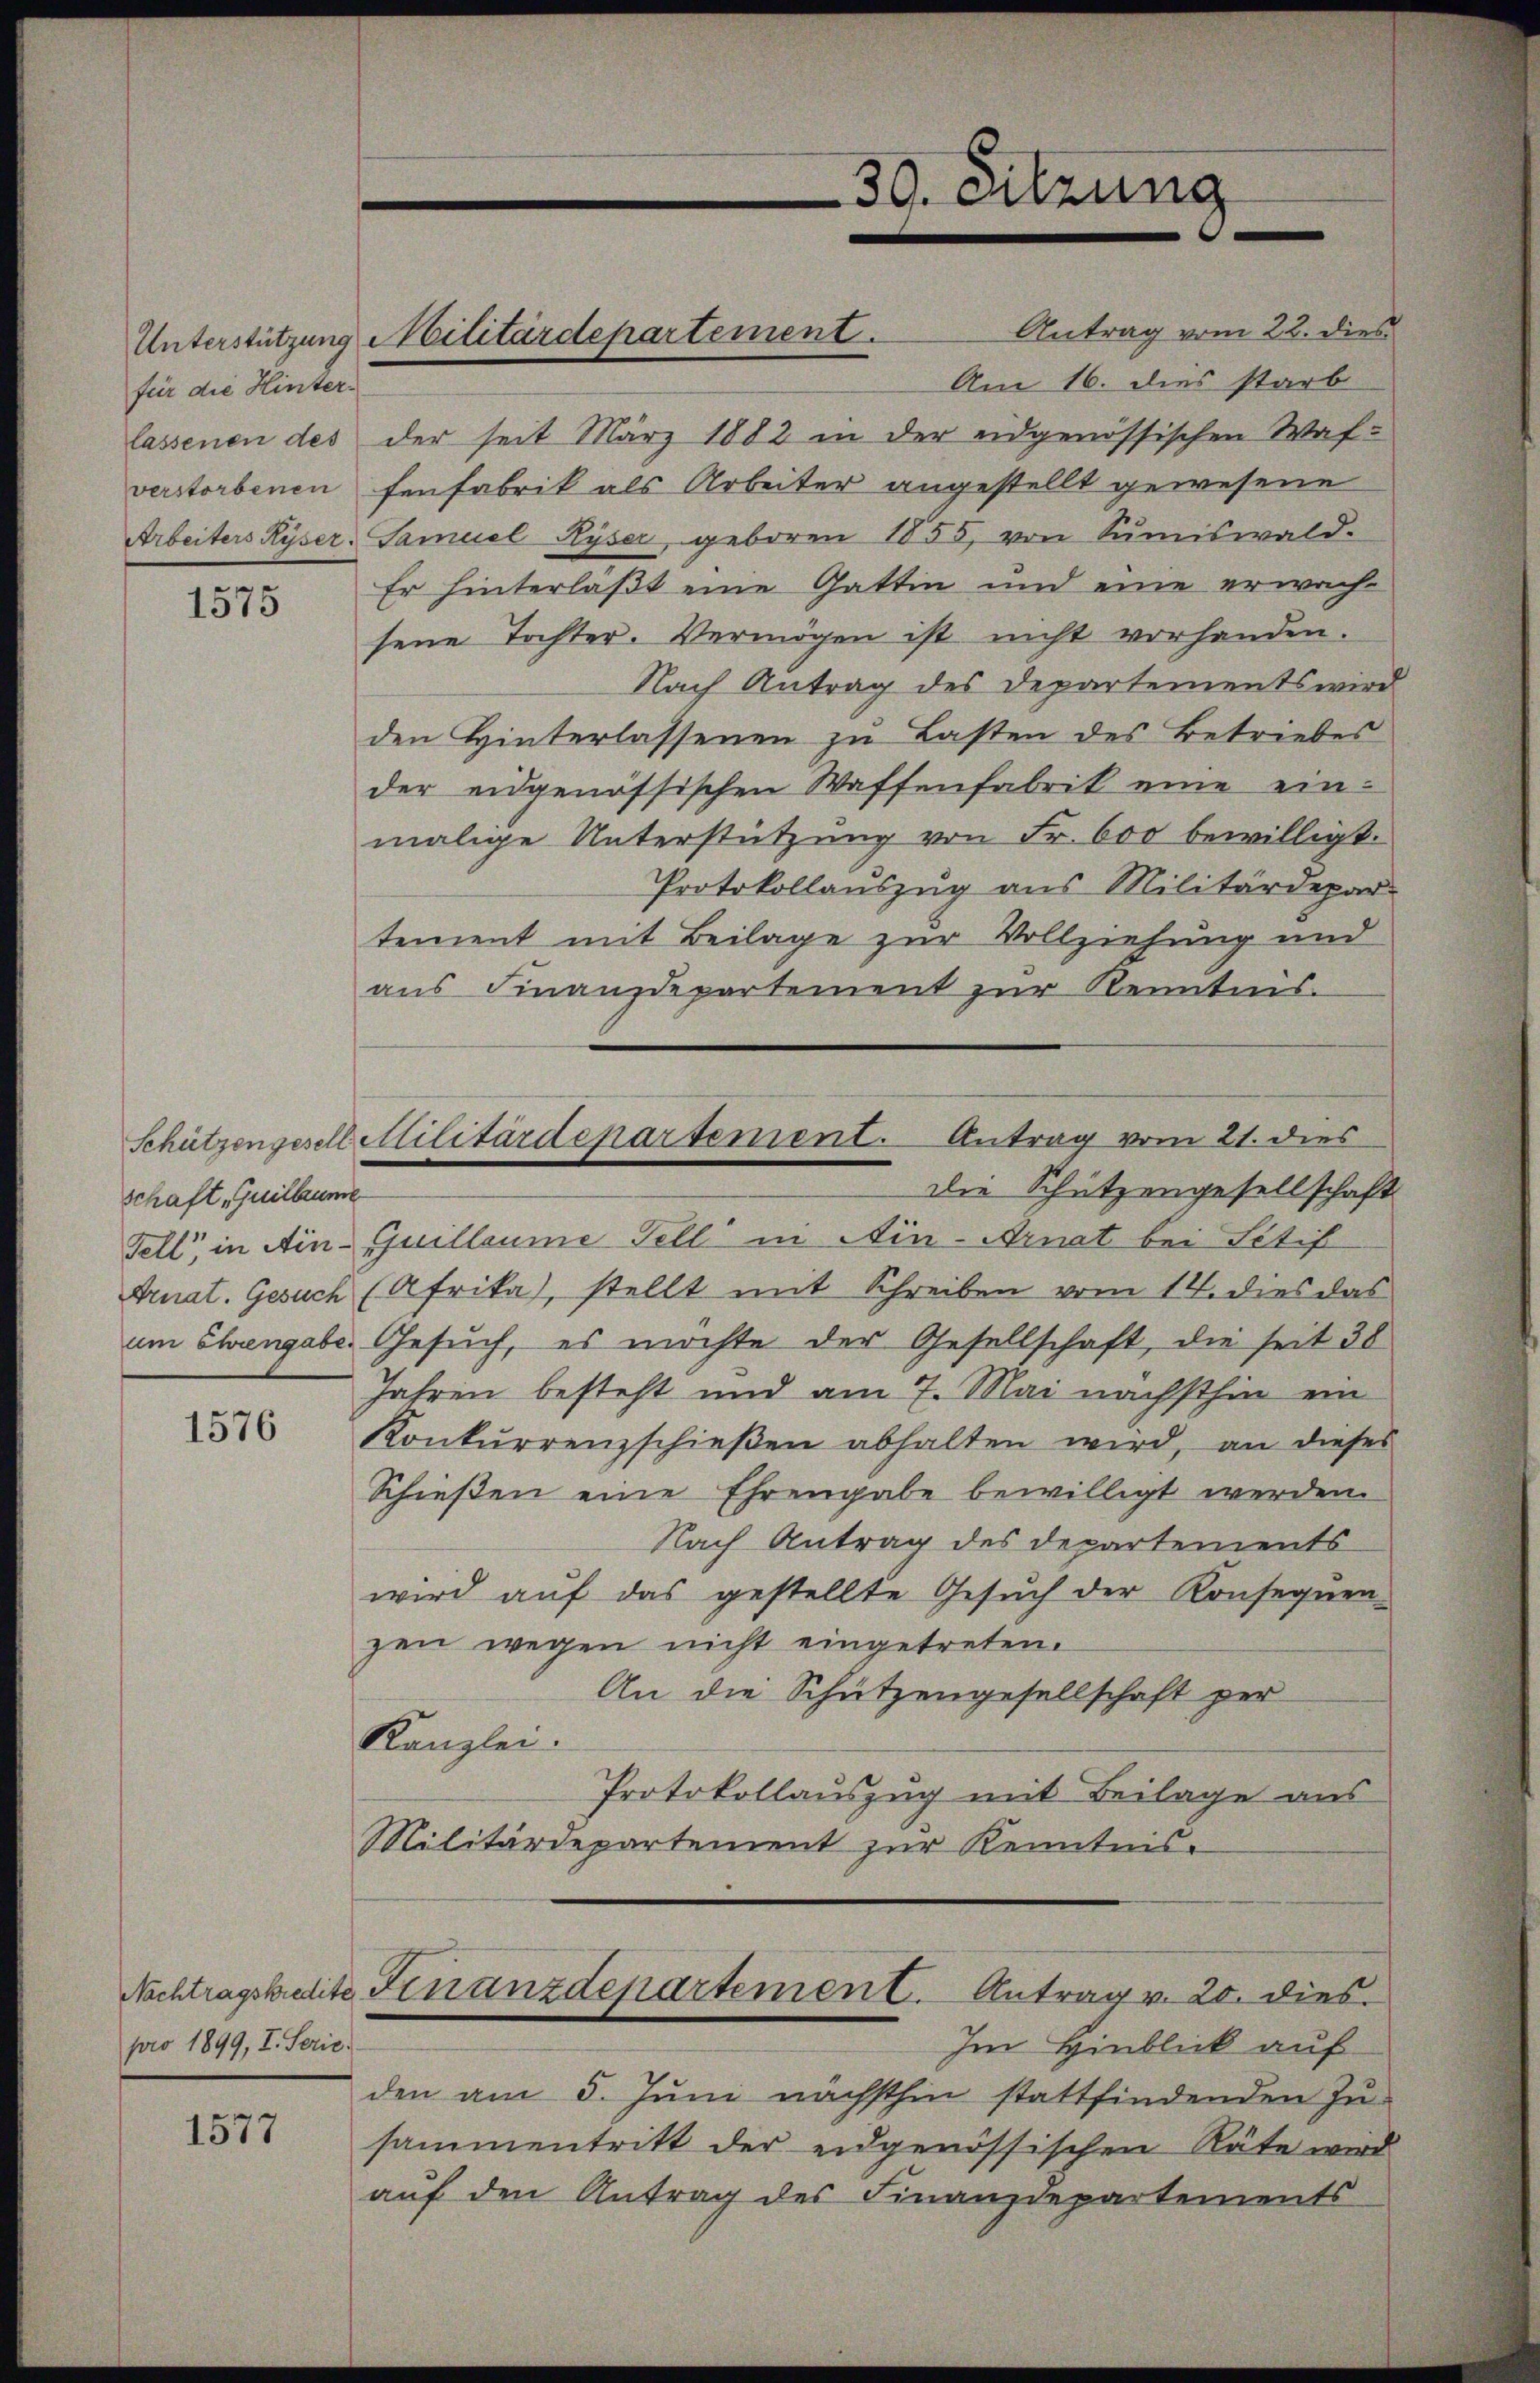
für die Hinter¬

1575

schaft, Guillaume

1576

pro 1899, I. Serie

1577

lassenen des der seit März 1882 in der eidgenössischen Wafverstorbenen fenfabrik als Arbeiter angestellt gewesene
Arbeiters Ryser, Samuel Ryser geboren 1855, von Sŭmiswald-
Er hinterlaßt eine Gattin und eine erwachsene Tochter. Vermögen ist nicht vorhanden.
Nach Antrag des Departements wird
den Hinterlassenen zu Lasten des Betriebes
der eidgenössischen Waffenfabrik eine einmalige Unterstützung von Fr. 600 bewilligt.
Protokollauszug aus Militärdepar
tement mit Beilage zur Vollziehung und
aus Finanzdepartement zur Kenntnis.
Schützengesellettilitärdepartement. Antrag vom 21. dies
die Schützengesellschaft
Fell, in Ain Guillaume Fell in Ain-Arnat bei Stif
Arnat. Gesuch (Afrika), stellt mit Schreiben vom 14. dies das
um Chengabe Gesuch, es möchte der Gesellschaft, die seit 38
Jahren besteht und am 7. Mai nächsthin ein
Konkurrenzschießen abhalten wird, an dieses
Schießen eine Ehrengabe bewilligt werden.
Nach Antrag des Departements
wird aŭf das gestellte Gesŭch der Konseqŭen-
zen wegen nicht eingetreten.
An die Schützengesellschaft per
Kanzlei.
Protokollauszug mit Beilage aus
Militärdepartement zur Kenntnis-

Unterstützung Militärdepartement. Antrag vom 22. dies

30. Sitzung

Am 16. dies starb

Im Hinblick auf
den am 5. Juni nächsthin stattfindenden Zu-
sammentritt der eidgenössischen Räte wird
auf den Antrag des Finanzdepartements

Nachtragskredite Finanzdepartement. Antrag v. 20. dies